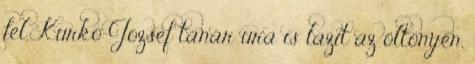
fel, Kurkó József tanár ura is lazít az öltönyén,